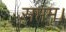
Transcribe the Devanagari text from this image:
सप्तम।